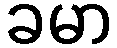
ခမာ